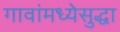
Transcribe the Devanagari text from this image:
गावांमध्येसुद्धा